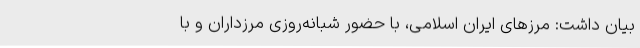
بیان داشت: مرزهای ایران اسلامی، با حضور شبانه‌روزی مرزداران و با